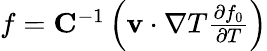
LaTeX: \begin{array}{r}{f=\mathbf C^{-1}\left(\mathbf v\cdot\nabla T\frac{\partial f_{0}}{\partial T}\right)}\end{array}